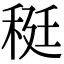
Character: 䅍